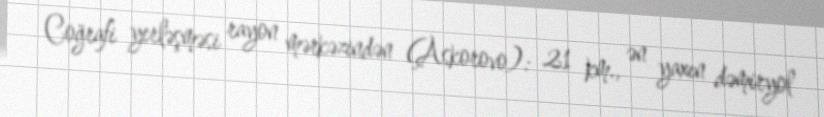
Coğrafi yerləşməsi rayon mərkəzindən (Askorovo): 21 km., ən yaxın dəmiryol